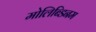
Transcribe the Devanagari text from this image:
मोलिब्डिनम